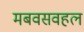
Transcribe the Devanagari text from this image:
मबवसवहल